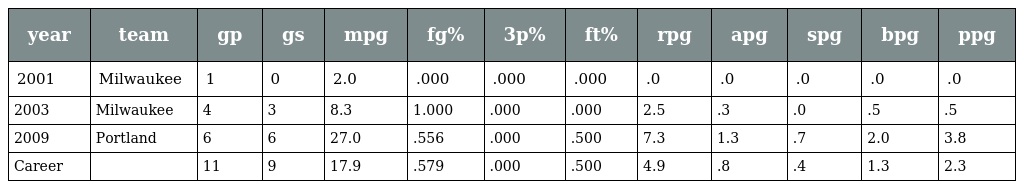
| year | team | gp | gs | mpg | fg% | 3p% | ft% | rpg | apg | spg | bpg | ppg |
 | --- | --- | --- | --- | --- | --- | --- | --- | --- | --- | --- | --- | --- |
 | 2001 | Milwaukee | 1 | 0 | 2.0 | .000 | .000 | .000 | .0 | .0 | .0 | .0 | .0 |
 | 2003 | Milwaukee | 4 | 3 | 8.3 | 1.000 | .000 | .000 | 2.5 | .3 | .0 | .5 | .5 |
 | 2009 | Portland | 6 | 6 | 27.0 | .556 | .000 | .500 | 7.3 | 1.3 | .7 | 2.0 | 3.8 |
 | Career |  | 11 | 9 | 17.9 | .579 | .000 | .500 | 4.9 | .8 | .4 | 1.3 | 2.3 |